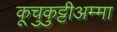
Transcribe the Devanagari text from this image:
कूचुकुट्टीअम्मा